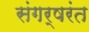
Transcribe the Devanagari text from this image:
संगर्षरंत